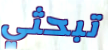
تبحثي